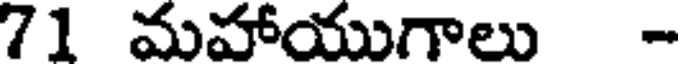
71 మహాయుగాలు -